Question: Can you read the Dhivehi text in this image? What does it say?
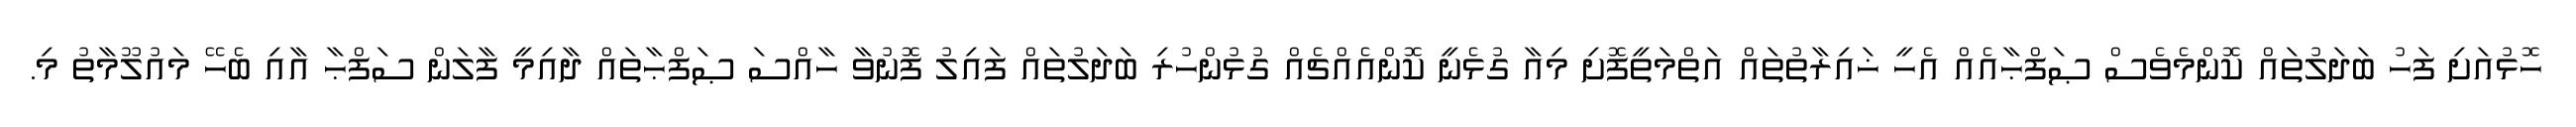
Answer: ހޮޅުއަށި ފަހު ބަދަލުތައް ކޮންމެވެސް ޞަފްޙާއެއް އެހީ ޚައިރާތުތައް އަތްމަތީފޮށި މިއާ ގުޅެނީ ކޮންއެއްޗެއް ގުޅުންހުރި ބަދަލުތައް ފައިލު ފޮނުވާ ހާއްސަ ޞަފްޙާތައް ދާއިމީ ފާލަން ސަފްޙާ އާއި ބެހޭ މައުލޫމާތު މި.